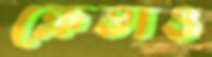
ক্রেতাও